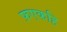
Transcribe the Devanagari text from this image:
फ़एकहि